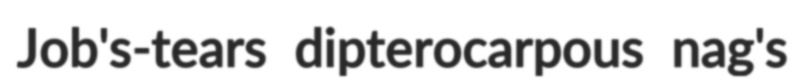
Job's-tears dipterocarpous nag's